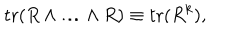
LaTeX: \mathrm { t r } ( R \wedge \ldots \wedge R ) \equiv \mathrm { t r } ( R ^ { k } ) ,